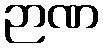
ဉာဏ